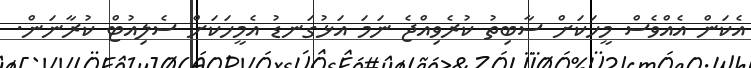
އެކަން އެއްވެސް މީހަކަށް ސާބިތު ކުރެވިއްޖެ ނަމަ އަޅުގަނޑު އެމީހަކަށް ސެލިއުޓް ކުރާނަން.